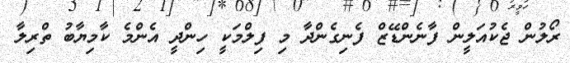
ރޯލުން ޖެކުއަލީން ފާނެންޑޭޒް ފެނިގެންދާ މި ފިލްމަކީ ހިންދީ އެންމެ ކާމިޔާބު ތްރިލާ